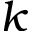
k